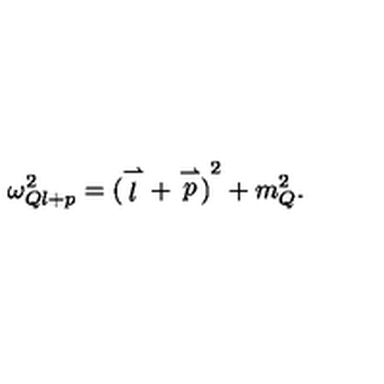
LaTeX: \omega _ { Q l + p } ^ { 2 } = { ( \stackrel { \rightharpoonup } { l } + \stackrel { \rightharpoonup } { p } ) } ^ { 2 } + m _ { Q } ^ { 2 } .